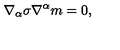
\nabla _ { \alpha } \sigma \nabla ^ { \alpha } m = 0 ,